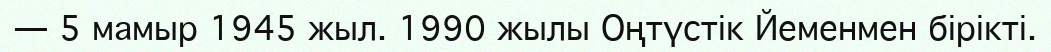
— 5 мамыр 1945 жыл. 1990 жылы Оңтүстік Йеменмен бірікті.